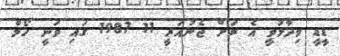
ޑީޑީ ވިދާޅުވީ އެ ރަށް ޖެނުއަރީ 11 1987 ގައި ވަނީ ހޯމް